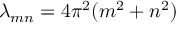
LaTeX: \lambda _ { m n } = 4 \pi ^ { 2 } ( m ^ { 2 } + n ^ { 2 } )